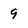
Character: 9